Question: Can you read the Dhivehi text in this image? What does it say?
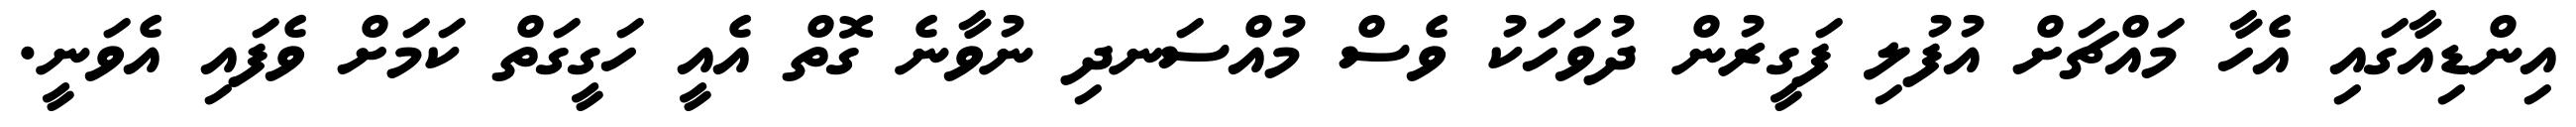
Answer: އިންޑިއާގައި އެހާ މައްޗަށް އުފުލި ފަގީރުން ދުވަހަކު ވެސް މުއްސަނދި ނުވާނެ ގޮތް އެއީ ހަގީގަތް ކަމަށް ވެފައި އެވަނީ.